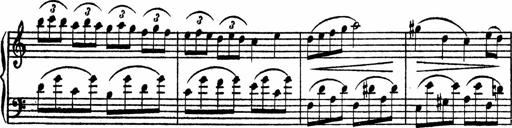
Title: Piano Sonata
Composer: Karl HÃ¤ssler
Key: C major